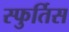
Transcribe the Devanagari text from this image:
स्फुर्तिस